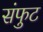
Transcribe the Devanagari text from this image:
संफुट